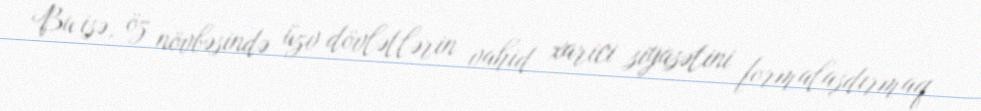
Bu isə, öz növbəsində üzv dövlətlərin vahid xarici siyasətini formalaşdırmaq